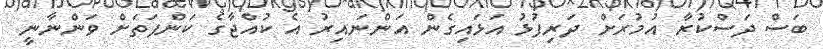
ބަސް ދަސްކުރާ އުމުރަށް ދަރިފުޅު އަޅައިގެން އަންނައިރު އެ ކުއްޖާގެ ކަންފަތަށް ވަންނާނީ